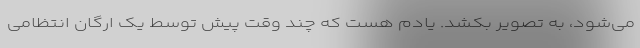
می‌شود، به تصویر بکشد. یادم هست که چند وقت پیش توسط یک ارگان انتظامی